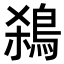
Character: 𪀣